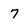
Character: 7